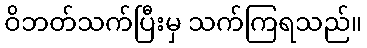
ဝိဘတ်သက်ပြီးမှ သက်ကြရသည်။